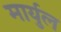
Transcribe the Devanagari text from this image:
मार्युल